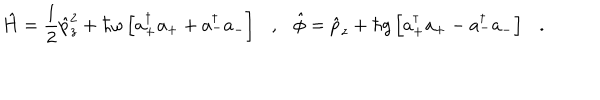
LaTeX: \hat { H } = \frac { 1 } { 2 } \hat { p } _ { z } ^ { 2 } + \hbar \omega \left[ a _ { + } ^ { \dagger } a _ { + } + a _ { - } ^ { \dagger } a _ { - } \right] \ \ \ , \ \ \ \hat { \phi } = \hat { p } _ { z } + \hbar g \left[ a _ { + } ^ { \dagger } a _ { + } - a _ { - } ^ { \dagger } a _ { - } \right] \ \ \ .